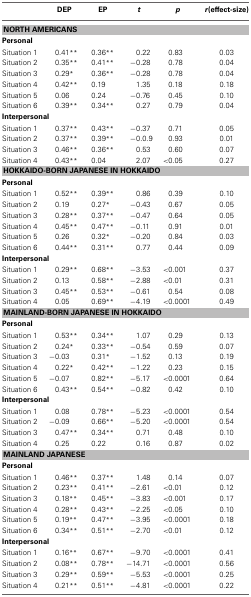
<table><thead><tr><td></td><td><b>DEP</b></td><td><b>EP</b></td><td><b><i>t</i></b></td><td><b><i>p</i></b></td><td><b><i>r</i>(effect-size)</b></td></tr></thead><tbody><tr><td colspan="6"><b>NORTH AMERICANS</b></td></tr><tr><td colspan="6"><b>Personal</b></td></tr><tr><td>Situation 1</td><td>0.41<sup>**</sup></td><td>0.36<sup>**</sup></td><td>0.22</td><td>0.83</td><td>0.03</td></tr><tr><td>Situation 2</td><td>0.35<sup>**</sup></td><td>0.41<sup>**</sup></td><td>−0.28</td><td>0.78</td><td>0.04</td></tr><tr><td>Situation 3</td><td>0.29<sup>*</sup></td><td>0.36<sup>**</sup></td><td>−0.28</td><td>0.78</td><td>0.04</td></tr><tr><td>Situation 4</td><td>0.42<sup>**</sup></td><td>0.19</td><td>1.35</td><td>0.18</td><td>0.18</td></tr><tr><td>Situation 5</td><td>0.06</td><td>0.24</td><td>−0.76</td><td>0.45</td><td>0.10</td></tr><tr><td>Situation 6</td><td>0.39<sup>**</sup></td><td>0.34<sup>**</sup></td><td>0.27</td><td>0.79</td><td>0.04</td></tr><tr><td colspan="6"><b>Interpersonal</b></td></tr><tr><td>Situation 1</td><td>0.37<sup>**</sup></td><td>0.43<sup>**</sup></td><td>−0.37</td><td>0.71</td><td>0.05</td></tr><tr><td>Situation 2</td><td>0.37<sup>**</sup></td><td>0.39<sup>**</sup></td><td>−0.0.9</td><td>0.93</td><td>0.01</td></tr><tr><td>Situation 3</td><td>0.46<sup>**</sup></td><td>0.36<sup>**</sup></td><td>0.53</td><td>0.60</td><td>0.07</td></tr><tr><td>Situation 4</td><td>0.43<sup>**</sup></td><td>0.04</td><td>2.07</td><td>&lt;0.05</td><td>0.27</td></tr><tr><td colspan="6"><b>HOKKAIDO-BORN JAPANESE IN HOKKAIDO</b></td></tr><tr><td colspan="6"><b>Personal</b></td></tr><tr><td>Situation 1</td><td>0.52<sup>**</sup></td><td>0.39<sup>**</sup></td><td>0.86</td><td>0.39</td><td>0.10</td></tr><tr><td>Situation 2</td><td>0.19</td><td>0.27<sup>*</sup></td><td>−0.43</td><td>0.67</td><td>0.05</td></tr><tr><td>Situation 3</td><td>0.28<sup>**</sup></td><td>0.37<sup>**</sup></td><td>−0.47</td><td>0.64</td><td>0.05</td></tr><tr><td>Situation 4</td><td>0.45<sup>**</sup></td><td>0.47<sup>**</sup></td><td>−0.11</td><td>0.91</td><td>0.01</td></tr><tr><td>Situation 5</td><td>0.26</td><td>0.32<sup>*</sup></td><td>−0.20</td><td>0.84</td><td>0.03</td></tr><tr><td>Situation 6</td><td>0.44<sup>**</sup></td><td>0.31<sup>**</sup></td><td>0.77</td><td>0.44</td><td>0.09</td></tr><tr><td colspan="6"><b>Interpersonal</b></td></tr><tr><td>Situation 1</td><td>0.29<sup>**</sup></td><td>0.68<sup>**</sup></td><td>−3.53</td><td>&lt;0.001</td><td>0.37</td></tr><tr><td>Situation 2</td><td>0.13</td><td>0.58<sup>**</sup></td><td>−2.88</td><td>&lt;0.01</td><td>0.31</td></tr><tr><td>Situation 3</td><td>0.45<sup>**</sup></td><td>0.53<sup>**</sup></td><td>−0.61</td><td>0.54</td><td>0.08</td></tr><tr><td>Situation 4</td><td>0.05</td><td>0.69<sup>**</sup></td><td>−4.19</td><td>&lt;0.0001</td><td>0.49</td></tr><tr><td colspan="6"><b>MAINLAND-BORN JAPANESE IN HOKKAIDO</b></td></tr><tr><td colspan="6"><b>Personal</b></td></tr><tr><td>Situation 1</td><td>0.53<sup>**</sup></td><td>0.34<sup>**</sup></td><td>1.07</td><td>0.29</td><td>0.13</td></tr><tr><td>Situation 2</td><td>0.24<sup>*</sup></td><td>0.33<sup>**</sup></td><td>−0.54</td><td>0.59</td><td>0.07</td></tr><tr><td>Situation 3</td><td>−0.03</td><td>0.31<sup>*</sup></td><td>−1.52</td><td>0.13</td><td>0.19</td></tr><tr><td>Situation 4</td><td>0.22<sup>*</sup></td><td>0.42<sup>**</sup></td><td>−1.22</td><td>0.23</td><td>0.15</td></tr><tr><td>Situation 5</td><td>−0.07</td><td>0.82<sup>**</sup></td><td>−5.17</td><td>&lt;0.0001</td><td>0.64</td></tr><tr><td>Situation 6</td><td>0.43<sup>**</sup></td><td>0.54<sup>**</sup></td><td>−0.82</td><td>0.42</td><td>0.10</td></tr><tr><td colspan="6"><b>Interpersonal</b></td></tr><tr><td>Situation 1</td><td>0.08</td><td>0.78<sup>**</sup></td><td>−5.23</td><td>&lt;0.0001</td><td>0.54</td></tr><tr><td>Situation 2</td><td>−0.09</td><td>0.66<sup>**</sup></td><td>−5.20</td><td>&lt;0.0001</td><td>0.54</td></tr><tr><td>Situation 3</td><td>0.47<sup>**</sup></td><td>0.34<sup>**</sup></td><td>0.71</td><td>0.48</td><td>0.10</td></tr><tr><td>Situation 4</td><td>0.25</td><td>0.22</td><td>0.16</td><td>0.87</td><td>0.02</td></tr><tr><td colspan="6"><b>MAINLAND JAPANESE</b></td></tr><tr><td colspan="6"><b>Personal</b></td></tr><tr><td>Situation 1</td><td>0.46<sup>**</sup></td><td>0.37<sup>**</sup></td><td>1.48</td><td>0.14</td><td>0.07</td></tr><tr><td>Situation 2</td><td>0.23<sup>**</sup></td><td>0.41<sup>**</sup></td><td>−2.61</td><td>&lt;0.01</td><td>0.12</td></tr><tr><td>Situation 3</td><td>0.18<sup>**</sup></td><td>0.45<sup>**</sup></td><td>−3.83</td><td>&lt;0.001</td><td>0.17</td></tr><tr><td>Situation 4</td><td>0.28<sup>**</sup></td><td>0.43<sup>**</sup></td><td>−2.25</td><td>&lt;0.05</td><td>0.10</td></tr><tr><td>Situation 5</td><td>0.19<sup>**</sup></td><td>0.47<sup>**</sup></td><td>−3.95</td><td>&lt;0.0001</td><td>0.18</td></tr><tr><td>Situation 6</td><td>0.34<sup>**</sup></td><td>0.51<sup>**</sup></td><td>−2.70</td><td>&lt;0.01</td><td>0.12</td></tr><tr><td colspan="6"><b>Interpersonal</b></td></tr><tr><td>Situation 1</td><td>0.16<sup>**</sup></td><td>0.67<sup>**</sup></td><td>−9.70</td><td>&lt;0.0001</td><td>0.41</td></tr><tr><td>Situation 2</td><td>0.08<sup>**</sup></td><td>0.78<sup>**</sup></td><td>−14.71</td><td>&lt;0.0001</td><td>0.56</td></tr><tr><td>Situation 3</td><td>0.29<sup>**</sup></td><td>0.59<sup>**</sup></td><td>−5.53</td><td>&lt;0.0001</td><td>0.25</td></tr><tr><td>Situation 4</td><td>0.21<sup>**</sup></td><td>0.51<sup>**</sup></td><td>−4.81</td><td>&lt;0.0001</td><td>0.22</td></tr></tbody></table>